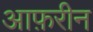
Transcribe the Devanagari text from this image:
आफ़रीन